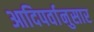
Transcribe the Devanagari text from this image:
आदिपर्वानुसार